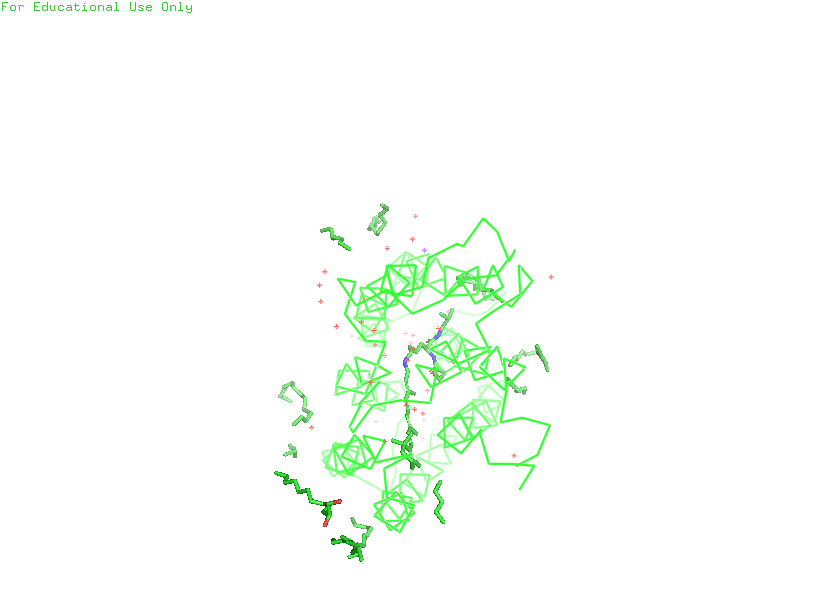
pymol, preset, simple